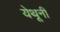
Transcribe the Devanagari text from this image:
येथूनी